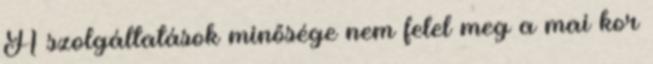
A szolgáltatások minősége nem felel meg a mai kor